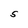
Character: S